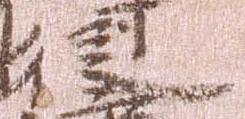
従